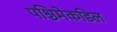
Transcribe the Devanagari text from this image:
पश्चिमेकडिल